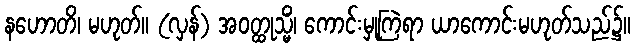
နဟောတိ၊ မဟုတ်။ (လှန်) အဝတ္ထုသ္မိံ၊ ကောင်းမှုကြဲရာ ယာကောင်းမဟုတ်သည်၌။